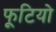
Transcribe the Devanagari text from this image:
फूटियो